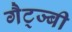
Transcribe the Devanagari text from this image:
गैट्ज्बी